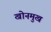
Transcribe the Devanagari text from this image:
खोनमुख